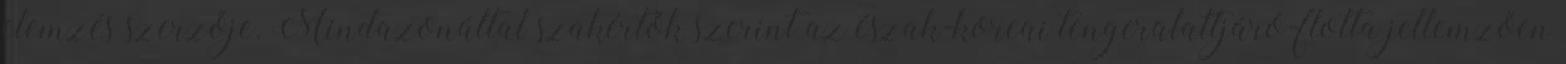
elemzés szerzője. Mindazonáltal szakértők szerint az észak-koreai tengeralattjáró-flotta jellemzően